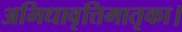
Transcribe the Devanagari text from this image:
अभिधावृत्तिमातृका।